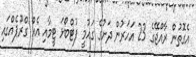
އެގޮތުން ރާއްޖޭގެ 23 އަހަރުން ދަށުގެ ގައުމީ ފުޓްބޯޅަ ޓީމާއި އެއް ގްރޫޕެއްގައި